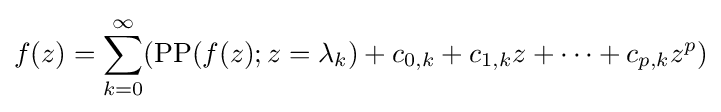
f(z)=\sum _{k=0}^{\infty }(\operatorname {PP} (f(z);z=\lambda _{k})+c_{0,k}+c_{1,k}z+\cdots +c_{p,k}z^{p})